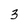
Character: 3